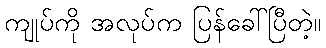
ကျုပ်ကို အလုပ်က ပြန်ခေါ်ပြီတဲ့။